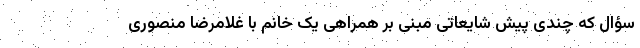
سؤال که چندی پیش شایعاتی مبنی بر همراهی یک خانم با غلامرضا منصوری